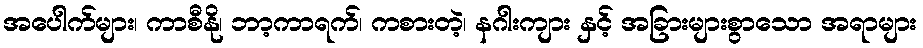
အပေါက်များ၊ ကာစီနို၊ ဘာ့ကာရက်၊ ကစားတဲ့၊ နဂါးကျား နှင့် အခြားများစွာသော အရာများ